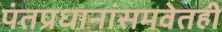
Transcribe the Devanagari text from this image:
पंतप्रधानांसमवेतही